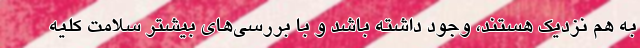
به هم نزدیک هستند، وجود داشته باشد و با بررسی‌های بیشتر سلامت کلیه